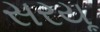
સરયૂ